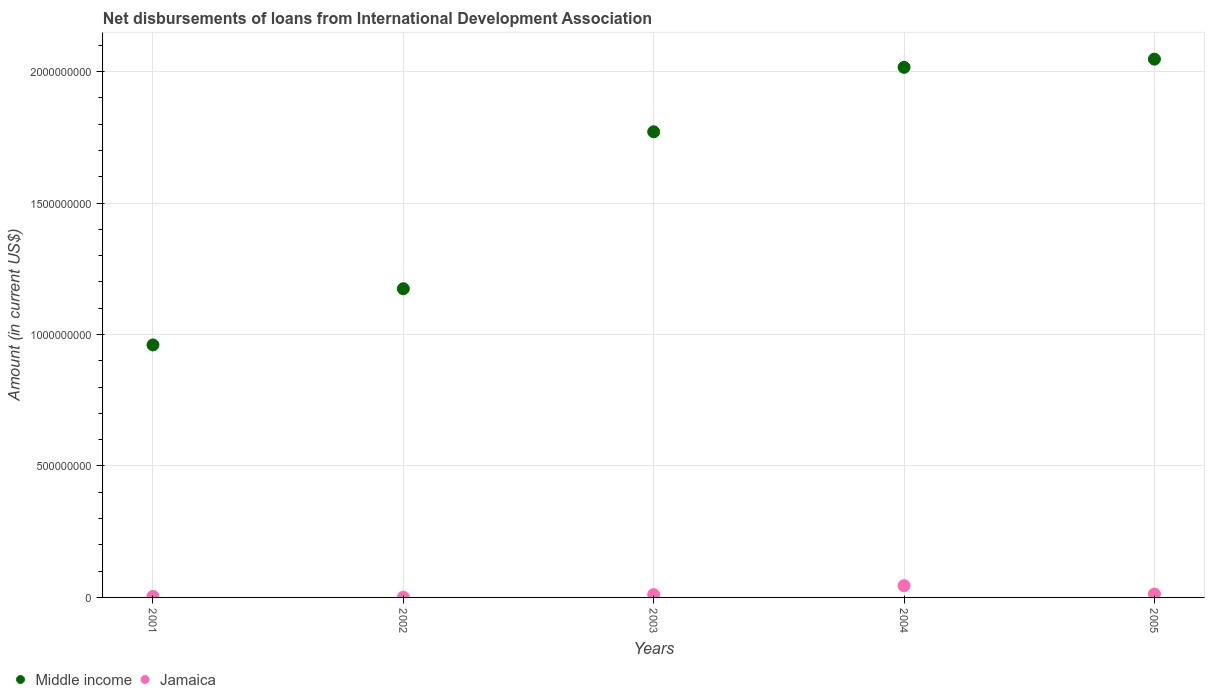
| Years | Middle income | Jamaica |
 | --- | --- | --- |
 | 2001 | 9.6e+08 | 3.93e+06 |
 | 2002 | 1.17e+09 | 8.36e+05 |
 | 2003 | 1.77e+09 | 1.05e+07 |
 | 2004 | 2.02e+09 | 4.47e+07 |
 | 2005 | 2.05e+09 | 1.29e+07 |